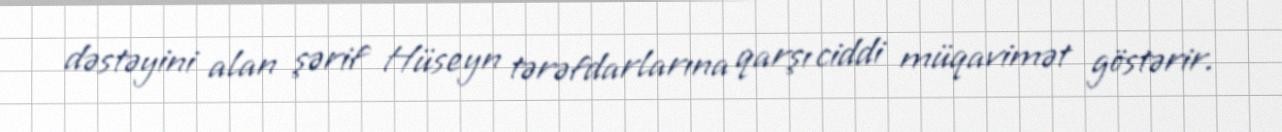
dəstəyini alan şərif Hüseyn tərəfdarlarına qarşı ciddi müqavimət göstərir.